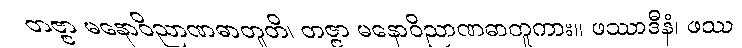
တဇ္ဇာ မနောဝိညာဏဓာတူတိ၊ တဇ္ဇာ မနောဝိညာဏဓာတူကား။ ဖဿာဒီနံ၊ ဖဿ